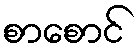
စာစောင်